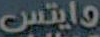
وايتس